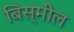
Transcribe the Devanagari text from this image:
बिस्मील